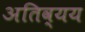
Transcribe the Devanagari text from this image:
अतिव्यय